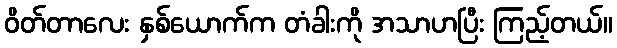
ဝိတ်တာလေး နှစ်ယောက်က တံခါးကို အသာဟပြီး ကြည့်တယ်။